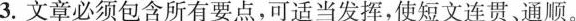
3.文章必须包含所有要点，可适当发挥，使短文连贯、通顺。